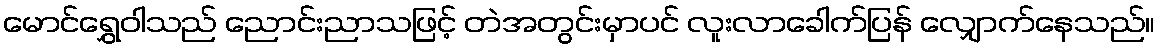
မောင်ရွှေဝါသည် ညောင်းညာသဖြင့် တဲအတွင်းမှာပင် လူးလာခေါက်ပြန် လျှောက်နေသည်။